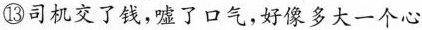
⑬司机交了钱，嘘了口气，好像多大一个心